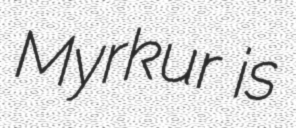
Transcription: Myrkur is